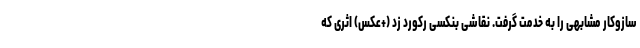
سازوکار مشابهی را به خدمت گرفت. نقاشی بنکسی رکورد زد (+عکس) اثری که